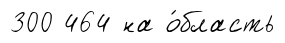
300 464 на о́бласть